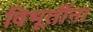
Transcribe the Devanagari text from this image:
विभूतींना